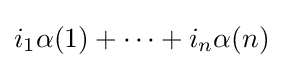
i_{1}\alpha (1)+\cdots +i_{n}\alpha (n)